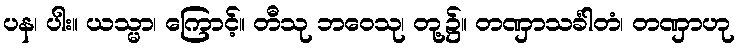
ပန၊ ပါး။ ယသ္မာ၊ ကြောင့်။ တီသု ဘဝေသု၊ တု့၌။ တဏှာသင်္ခါတံ၊ တဏှာဟု